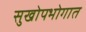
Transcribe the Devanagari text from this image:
सुखोपभोगात